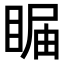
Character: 𥇗